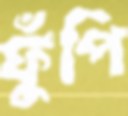
ফুঁপি